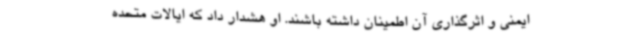
ایمنی و اثرگذاری آن اطمینان داشته باشند. او هشدار داد که ایالات متحده